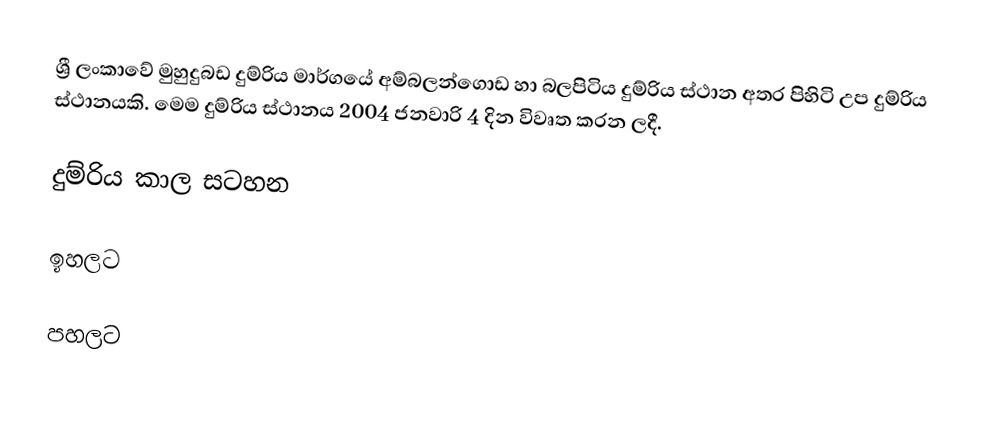
ශ්‍රී ලංකාවේ මුහුදුබඩ දුම්රිය මාර්ගයේ අම්බලන්ගොඩ හා බලපිටිය දුම්රිය ස්ථාන අතර පිහිටි උප දුම්රිය ස්ථානයකි. මෙම දුම්රිය ස්ථානය 2004 ජනවාරි 4 දින විවෘත කරන ලදී.

දුම්රිය කාල සටහන

ඉහලට

පහලට